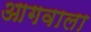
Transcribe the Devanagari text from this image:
आगवाला